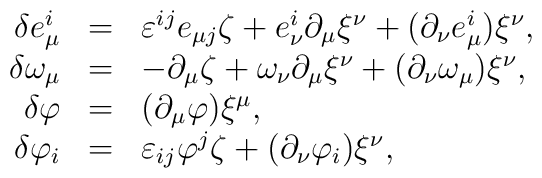
\begin{array}{rcl} \delta e^i_\mu&=&\varepsilon^{ij}e_{\mu j}\zeta+ e^i_\nu\partial_\mu\xi^\nu+(\partial_\nu e^i_\mu)\xi^\nu,\\ \delta\omega_\mu&=&-\partial_\mu\zeta+ \omega_\nu\partial_\mu\xi^\nu+(\partial_\nu \omega_\mu)\xi^\nu,\\ \delta\varphi&=&(\partial_\mu\varphi)\xi^\mu,\\ \delta\varphi_i&=&\varepsilon_{ij}\varphi^j\zeta+ (\partial_\nu\varphi_i)\xi^\nu,\end{array}